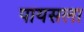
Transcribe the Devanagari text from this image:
पायसला